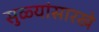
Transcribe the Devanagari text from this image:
सुळ्यांसारखे